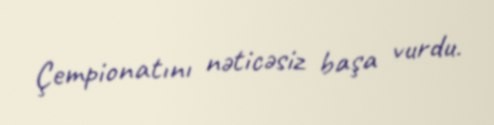
Çempionatını nəticəsiz başa vurdu.